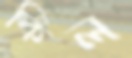
কিল